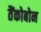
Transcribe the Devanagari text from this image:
तैंकोबोन